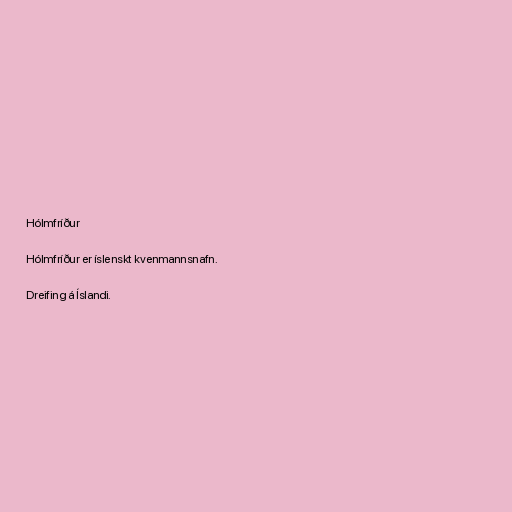
Hólmfríður

Hólmfríður er íslenskt kvenmannsnafn.

Dreifing á Íslandi.